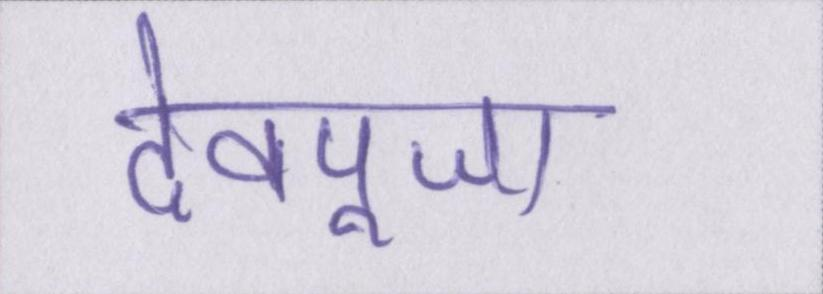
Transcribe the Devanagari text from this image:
देवपूजा